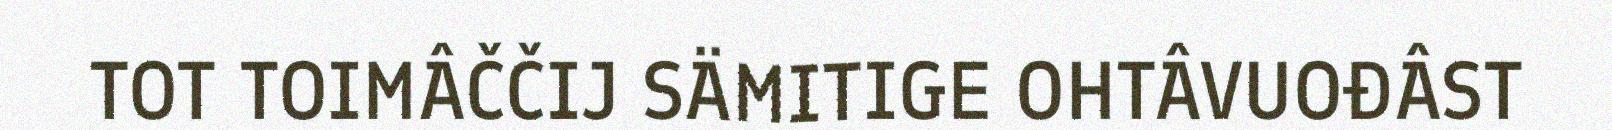
TOT TOIMÂČČIJ SÄMITIGE OHTÂVUOĐÂST